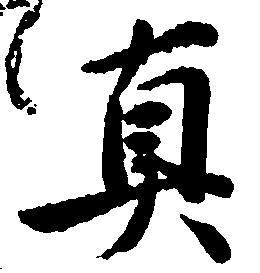
真